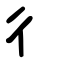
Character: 彳